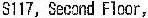
S117, SECOND FLOOR,